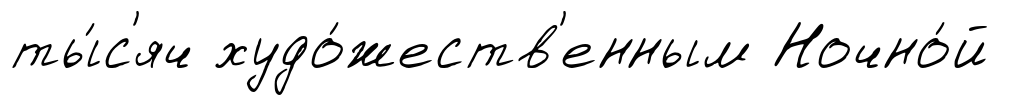
ты́с'яч худо́жеств'енным Ночно́й